Leaving Certificate Examination, 1921
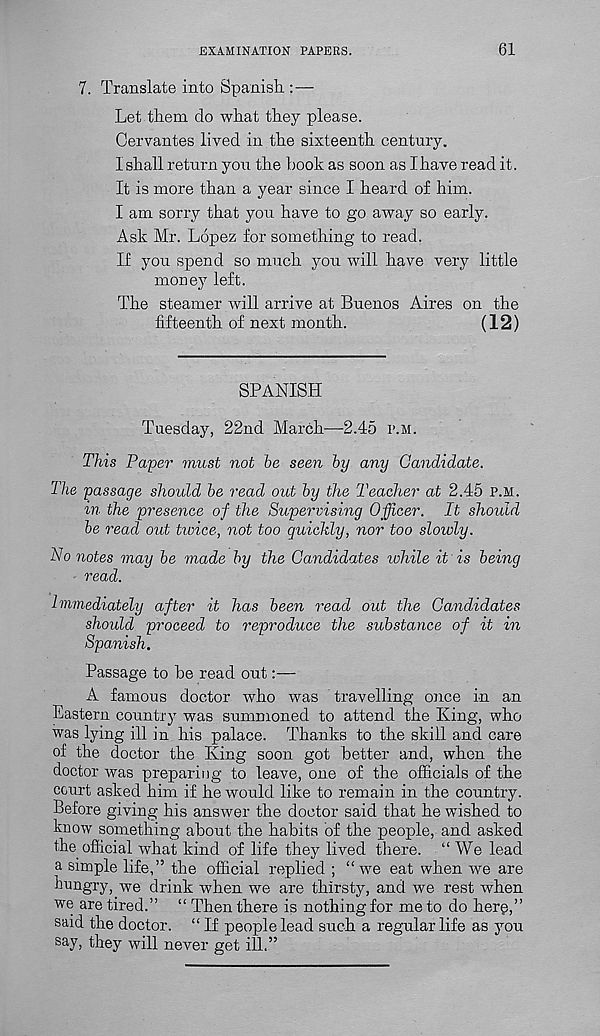
EXAMINATION PAPERS.
61
7. Translate into Spanish.:—
Let them do what they please.
Cervantes lived in the sixteenth century.
I shall return you the book as soon as I have read it.
It is more than a year since I heard of him.
I am sorry that you have to go away so early.
Ask Mr. Lopez for something to read.
If you spend so much you will have very little
money left.
The steamer will arrive at Buenos Aires on the
fifteenth of next month.
(12)
SPANISH
Tuesday, 22nd March—2.45 p.m.
This Paper must not be seen by any Candidate.
The passage should be read out by the Teacher at 2.45 P.M.
in the presence of the Supervising Officer. It should
be read out twice, not too quickly, nor too slowly.
No notes may be made by the Candidates while it is being
read.
Immediately after it has been read out the Candidates
should proceed to reproduce the substance of it in
Spanish.
Passage to be read out:—
A famous doctor who was travelling once in an
Eastern country was summoned to attend the King, who
was lying ill in his palace. Thanks to the skill and care
of the doctor the King soon got better and, when the
doctor was preparing to leave, one of the officials of the
court asked him if he would like to remain in the country.
Before giving his answer the doctor said that he wished to
know something about the habits of the people, and asked
the official what kind of life they lived there. “We lead
a simple life,” the official replied ; “we eat when we are
hungry, we drink when we are thirsty, and we rest when
we are tired.” “ Then there is nothing for me to do herg,”
said the doctor. “ If people lead such a regular life as you
say, they will never get ill.”